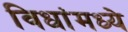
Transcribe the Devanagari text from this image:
विधांमध्ये